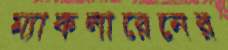
ম্যাকলারেনের